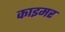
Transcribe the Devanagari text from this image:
काइमर